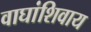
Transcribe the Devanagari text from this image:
वाघांशिवाय